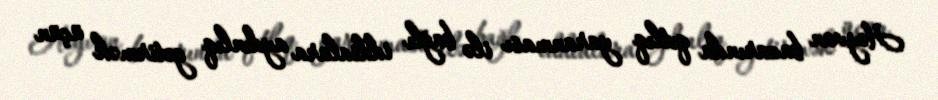
Heyvan bazarında qıtlıq yaranması ilə bağlı iddialara aydınlıq gətirmək üçün